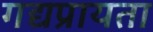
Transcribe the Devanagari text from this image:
गद्यप्रायता